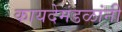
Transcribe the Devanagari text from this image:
कायदेमंडळांनी